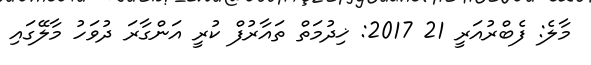
މާލެ: ފެެބްރުއަރީ 21 2017: ޚިދުމަތް ތައާރުފް ކުރީ އަންގާރަ ދުވަހު މާލޭގައި